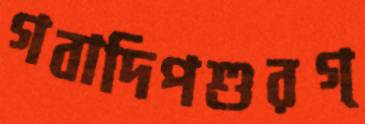
গবাদিপশুরগ্